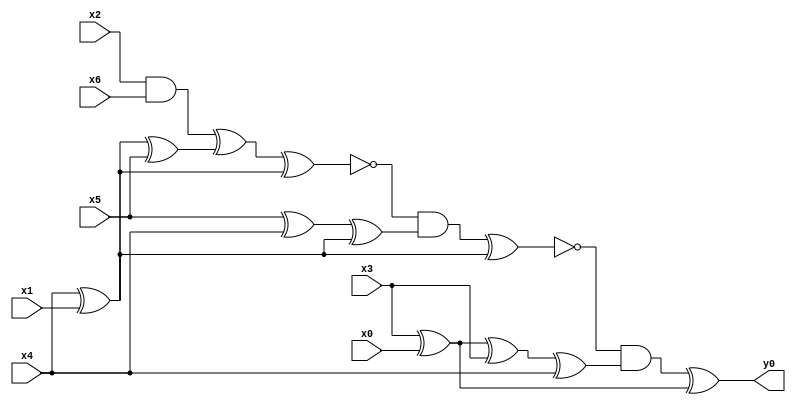
module top( x0 , x1 , x2 , x3 , x4 , x5 , x6 , y0 );
  input x0 , x1 , x2 , x3 , x4 , x5 , x6 ;
  output y0 ;
  wire n8 , n9 , n10 , n11 , n12 , n13 , n14 , n15 , n16 , n17 , n18 , n19 , n20 , n21 ;
  assign n10 = x2 & x6 ;
  assign n8 = x4 ^ x1 ;
  assign n9 = n8 ^ x5 ;
  assign n11 = n10 ^ n9 ;
  assign n12 = n11 ^ n8 ;
  assign n13 = x5 ^ x4 ;
  assign n14 = n13 ^ n8 ;
  assign n15 = ~n12 & n14 ;
  assign n16 = n15 ^ n8 ;
  assign n17 = x3 ^ x0 ;
  assign n18 = n17 ^ x3 ;
  assign n19 = n18 ^ x4 ;
  assign n20 = ~n16 & n19 ;
  assign n21 = n20 ^ n17 ;
  assign y0 = n21 ;
endmodule